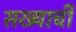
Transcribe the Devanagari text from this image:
सख्याची